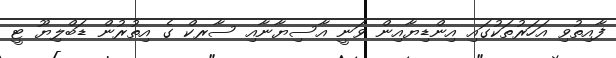
ފާއިތުވި އަހަރުތަކުގައި އިންޑިޔާއިން ވަނީ އާސިޔާނާއި ސާރކް ގެ އިތުރުން ޑަބްލިޔޫ ޓީ